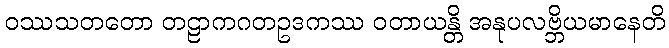
ဝဿသတတော တဠာကဂတဥဒကဿ ဝတာယန္တိ အနုပလဗ္ဘိယမာနေတိ